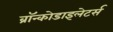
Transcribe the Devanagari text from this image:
ब्रॉन्कोडाइलेटर्स